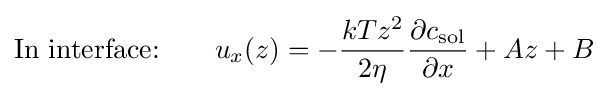
{\text{In interface:}}~~~~~~u_{x}(z)=-{\frac {kTz^{2}}{2\eta }}{\frac {\partial c_{\text{sol}}}{\partial x}}+Az+B